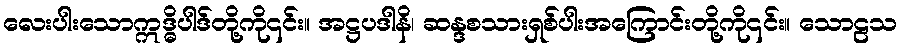
လေးပါးသောဣဒ္ဓိပါဒ်တို့ကို၎င်း။ အဋ္ဌပဒါနိ၊ ဆန္ဒစသားရှစ်ပါးအကြောင်းတို့ကို၎င်း။ သောဠသ